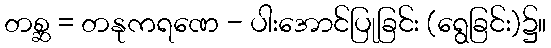
တစ္ဆ = တနုကရဏေ - ပါးအောင်ပြုခြင်း (ရွေခြင်း)၌။